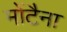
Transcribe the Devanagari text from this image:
मोंटैना